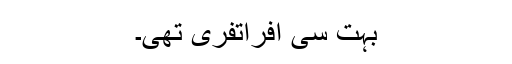
بہت سی افراتفری تھی۔